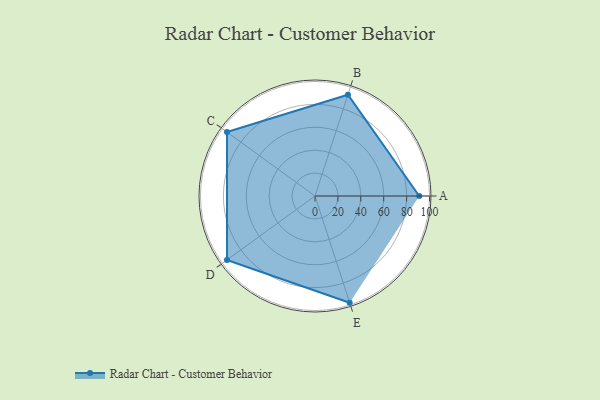
{"axis": {"x": "Skill", "y": "Score"}, "legend": ["Profile"], "data": [{"x": "A", "y": 91.0, "type": "Profile"}, {"x": "B", "y": 93.0, "type": "Profile"}, {"x": "C", "y": 95.0, "type": "Profile"}, {"x": "D", "y": 95.0, "type": "Profile"}, {"x": "E", "y": 98.0, "type": "Profile"}]}